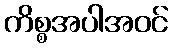
ကိစ္စအပါအဝင်